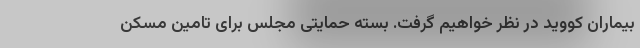
بیماران کووید در نظر خواهیم گرفت. بسته حمایتی مجلس برای تامین مسکن